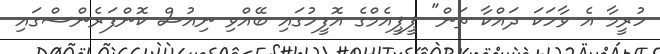
ހުރީމާ އެ ވާހަކަ ދައްކާ ތަން" ޕީޕީއެމްގެ އޮފީހުގައި ބޭއްވި ނިއުސް ކޮންފަރެންސްގައި